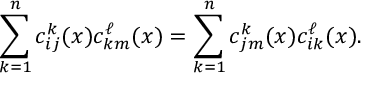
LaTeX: \sum _ { k = 1 } ^ { n } c _ { i j } ^ { k } ( x ) c _ { k m } ^ { \ell } ( x ) = \sum _ { k = 1 } ^ { n } c _ { j m } ^ { k } ( x ) c _ { i k } ^ { \ell } ( x ) .